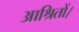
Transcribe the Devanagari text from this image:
आश्रितों।